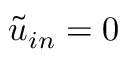
\tilde { u } _ { i n } = 0